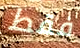
فقط